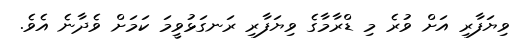
ވިޔަފާރި އަށް ވުރެ މި ޑްރާމާގެ ވިޔަފާރި ރަނގަޅުވީމަ ކަމަށް ވެދާނެ އެވެ.